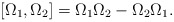
\begin{align*} [\Omega_1,\Omega_2]=\Omega_1 \Omega_2-\Omega_2 \Omega_1.\end{align*}